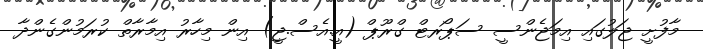
މާފުށީ ޖަލުގައި އިމަޖެންސީ ސަޕޯރޓް ގްރޫޕް (އީ.އެސް.ޖީ) އިން މިހާރު އިމާރާތް ކުރަމުންގެންދާ